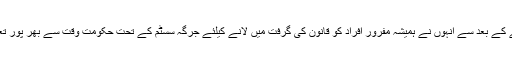
پاکستان بننے کے بعد سے انہوں نے ہمیشہ مفرور افراد کو قانون کی گرفت میں لانے کیلئے جرگہ سسٹم کے تحت حکومت وقت سے بھر پور تعاون کیا ہے۔